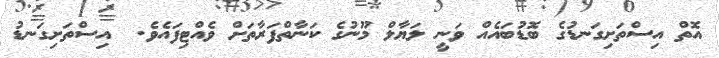
އޮތް އިސްތަށިގަނޑުގެ ބޮޑުބައެއް ވަނީ ލަޔާލް މޫނުގެ ކަނާތްފަރާތަށް ވެއްޓިފައެވެ.  އިސްތަށިގަނޑު